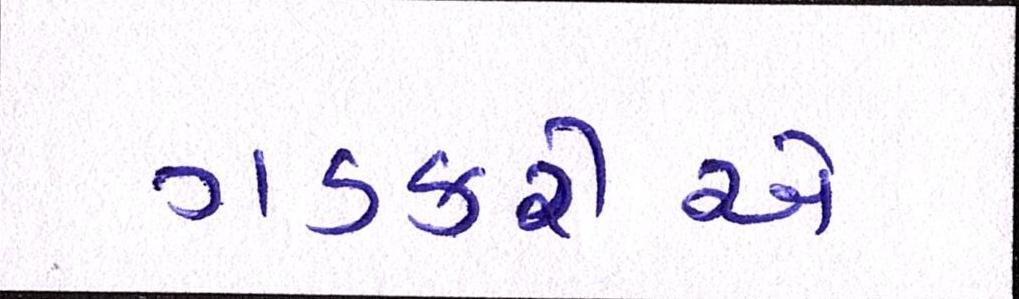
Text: ગડકરીએ